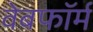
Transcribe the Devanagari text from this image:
वेबफॉर्म